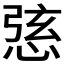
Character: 𢛆